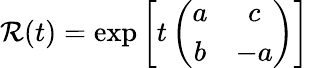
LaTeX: {\cal R}(t)={\exp}\left[{\displaystyle t}\left(\begin{array}{cc}{{a}}&{{c}}\\ {{b}}&{{-a}}\end{array}\right)\right]